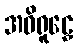
အဝိရူဠှေ